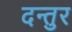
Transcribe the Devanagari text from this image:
दन्तुर